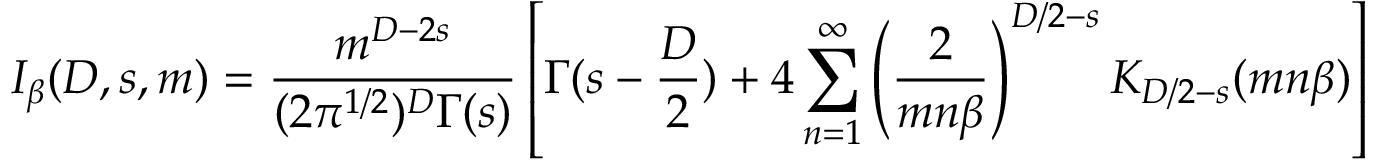
I _ { \beta } ( D , s , m ) = \frac { m ^ { D - 2 s } } { ( 2 \pi ^ { 1 / 2 } ) ^ { D } \Gamma ( s ) } \left[ \Gamma ( s - \frac { D } { 2 } ) + 4 \sum _ { n = 1 } ^ { \infty } \left( \frac { 2 } { m n \beta } \right) ^ { D / 2 - s } K _ { D / 2 - s } ( m n \beta ) \right]